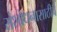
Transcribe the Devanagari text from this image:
संशोधनासाठीचे